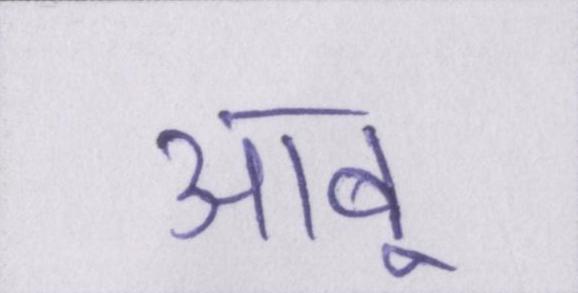
आबू